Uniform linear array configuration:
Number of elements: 64
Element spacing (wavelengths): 1
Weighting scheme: exponential
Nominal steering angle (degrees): -45
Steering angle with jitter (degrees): -44.306
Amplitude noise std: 0.05
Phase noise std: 0.05

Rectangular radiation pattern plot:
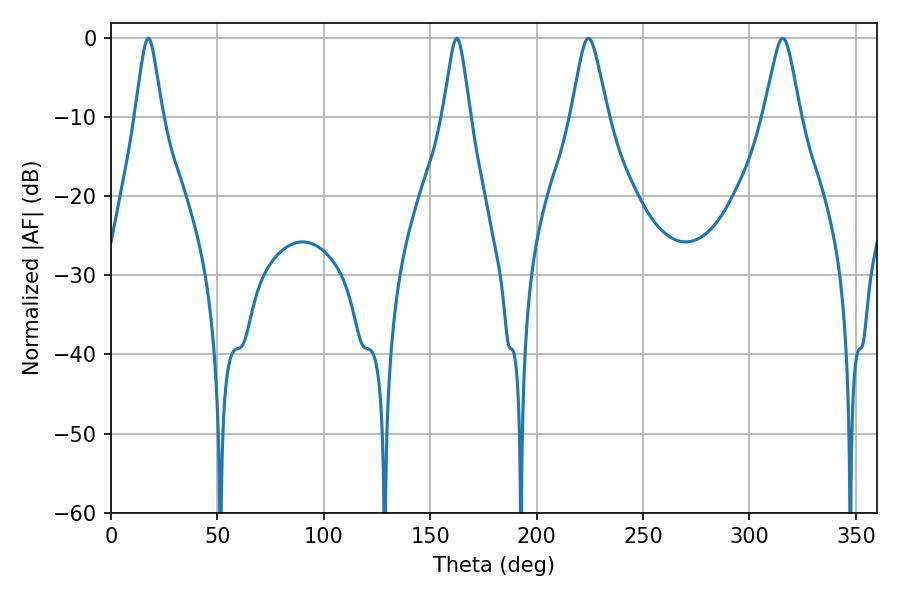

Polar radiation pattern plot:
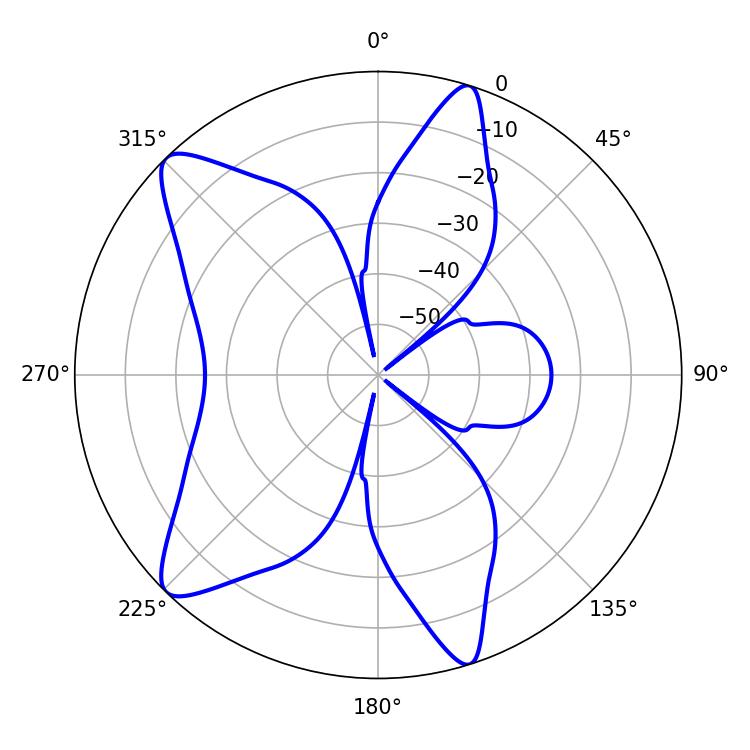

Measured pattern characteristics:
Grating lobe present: TRUE
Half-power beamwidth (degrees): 8.1
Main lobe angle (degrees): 224.28